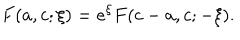
F ( a , c ; \xi ) = e ^ { \xi } F ( c - a , c ; - \xi ) .